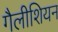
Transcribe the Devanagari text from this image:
गैलीशियन